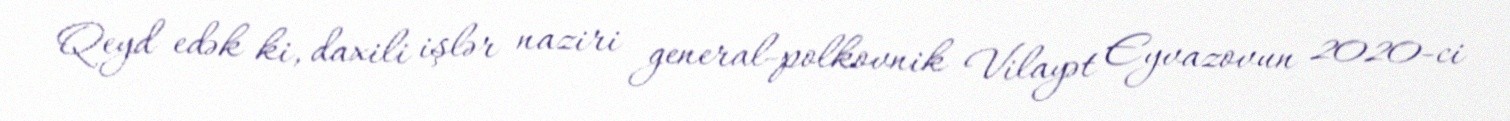
Qeyd edək ki, daxili işlər naziri general-polkovnik Vilayət Eyvazovun 2020-ci